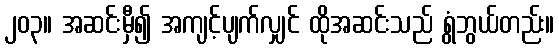
၂၀၃။ အဆင်းမှီ၍ အကျင့်ပျက်လျှင် ထိုအဆင်းသည် ရွံဘွယ်တည်း။